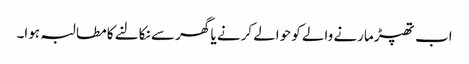
اب تھپڑ مارنے والے کو حوالے کرنے یا گھر سے نکالنے کا مطالبہ ہوا۔